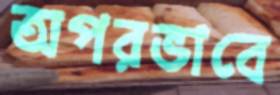
অপরভাবে